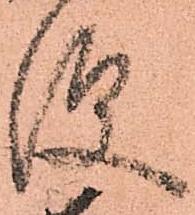
便